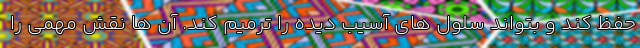
حفظ کند و بتواند سلول های آسیب دیده را ترمیم کند. آن ها نقش مهمی را